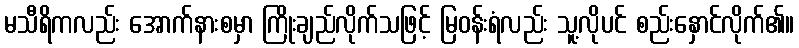
မသီရိကလည်း အောက်နားစမှာ ကြိုးချည်လိုက်သဖြင့် မြဝန်းရံလည်း သူ့လိုပင် စည်းနှောင်လိုက်၏။